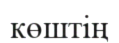
көштің